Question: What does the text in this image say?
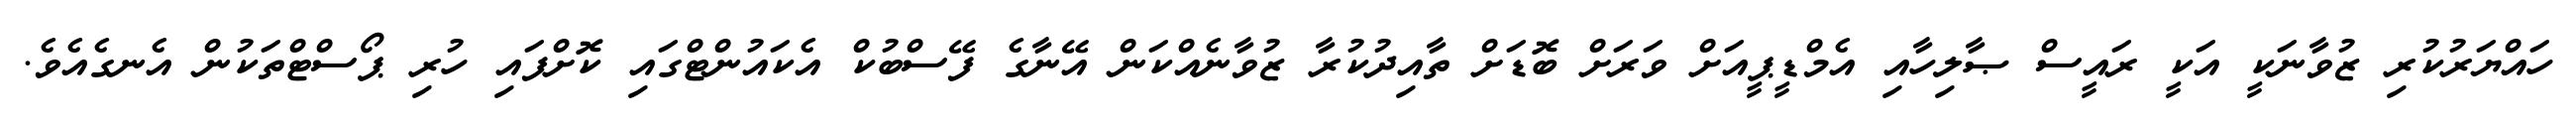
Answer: ހައްޔަރުކުރި ޒުވާނަކީ އަކީ ރައީސް ޞާލިހާއި އެމްޑީޕީއަށް ވަރަށް ބޮޑަށް ތާއިދުކުރާ ޒުވާނެއްކަން އޭނާގެ ފޭސްބުކް އެކައުންޓްގައި ކޮށްފައި ހުރި ޕޯސްޓްތަކުން އެނގެއެވެ.